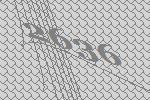
2636